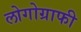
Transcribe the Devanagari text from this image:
लोगोग्राफी